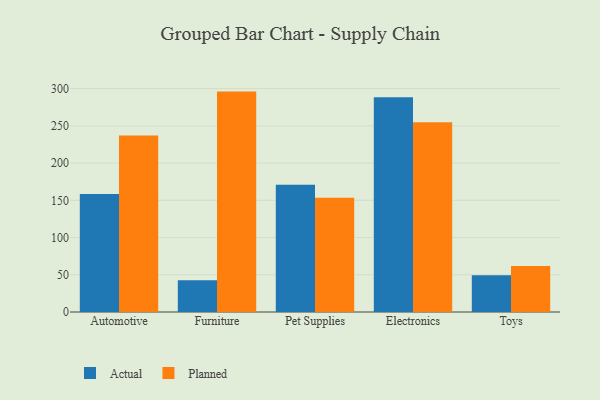
{"axis": {"x": "Category", "y": "Market Share (%)"}, "legend": ["Actual", "Planned"], "data": [{"x": "Automotive", "y": 158.5, "type": "Actual"}, {"x": "Automotive", "y": 237.0, "type": "Planned"}, {"x": "Furniture", "y": 42.7, "type": "Actual"}, {"x": "Furniture", "y": 296.0, "type": "Planned"}, {"x": "Pet Supplies", "y": 171.0, "type": "Actual"}, {"x": "Pet Supplies", "y": 153.3, "type": "Planned"}, {"x": "Electronics", "y": 288.5, "type": "Actual"}, {"x": "Electronics", "y": 254.9, "type": "Planned"}, {"x": "Toys", "y": 49.5, "type": "Actual"}, {"x": "Toys", "y": 61.7, "type": "Planned"}]}